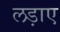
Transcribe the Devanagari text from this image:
लड़ाए